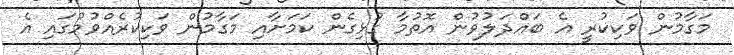
މަގާމުން ވަކިކުރީ އެ ބައްދަލުވުން އޮތުމާ ގުޅިގެން ކަމަށާއި މަގާމުން ވަކިކުރެއްވުމުގައި އެ